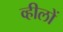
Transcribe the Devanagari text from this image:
व्हीलों